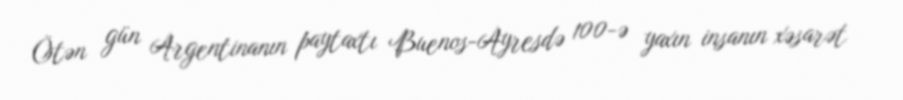
Ötən gün Argentinanın paytaxtı Buenos-Ayresdə 100-ə yaxın insanın xəsarət